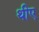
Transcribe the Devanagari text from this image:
थीए